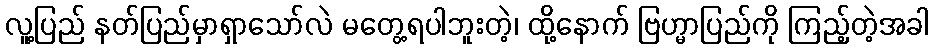
လူ့ပြည် နတ်ပြည်မှာရှာသော်လဲ မတွေ့ရပါဘူးတဲ့၊ ထို့နောက် ဗြဟ္မာပြည်ကို ကြည့်တဲ့အခါ